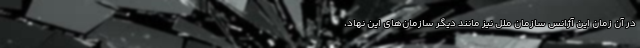
در آن زمان این آژانس سازمان ملل نیز مانند دیگر سازمان‌های این نهاد،